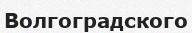
Волгоградского